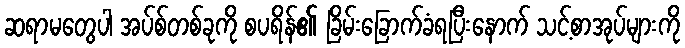
ဆရာမတွေပါ အပ်စ်တစ်ခုကို စပရိန်၏ ခြိမ်းခြောက်ခံရပြီးနောက် သင့်စာအုပ်များကို